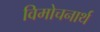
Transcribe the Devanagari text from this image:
विमोचनार्थ